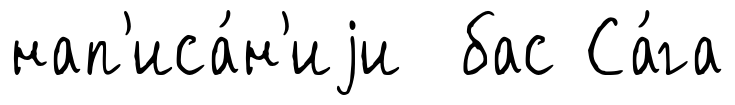
нап'иса́н'иjи бас Са́га